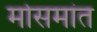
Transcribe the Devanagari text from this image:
मोसमांत